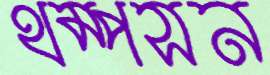
থম্পসন